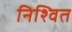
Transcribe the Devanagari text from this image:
निश्वित